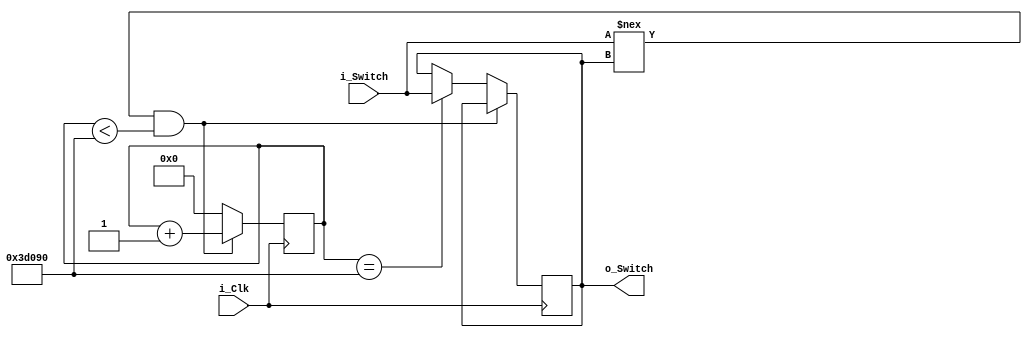
module debounce_switch
	(input i_Clk,
	input i_Switch,
	output o_Switch);

	parameter c_DEBOUNCE_LIMIT = 250000; // 10 ms at 25 MHz
	
	reg r_State = 1'b0;
	reg [17:0] r_Count = 0; // 2^18 - 18 bits
	
	always @(posedge i_Clk)
		begin
			if (i_Switch !== r_State && r_Count < c_DEBOUNCE_LIMIT)
				r_Count <= r_Count + 1; // counter
			else if (r_Count == c_DEBOUNCE_LIMIT)
				begin
					r_Count <= 0;
					r_State <= i_Switch;
				end
			else
				r_Count <= 0;
		end
	
	// DOESN'T WORK
	// for (r_Count = 0; r_Count < c_DEBOUNCE_LIMIT; r_Count++)
	
	assign o_Switch = r_State;
endmodule // debounce_switch